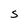
Character: S